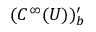
( C ^ { \infty } ( U ) ) _ { b } ^ { \prime }